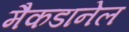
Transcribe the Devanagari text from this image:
मैकडानेल